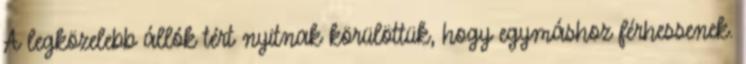
A legközelebb állók tért nyitnak körülöttük, hogy egymáshoz férhessenek.